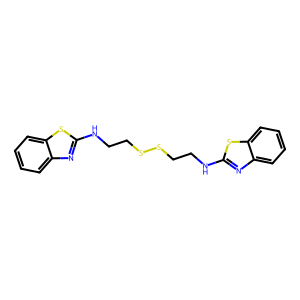
SMILES: c1ccc2sc(NCCSSCCNc3nc4ccccc4s3)nc2c1
Inhibits HIV replication: No